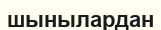
шынылардан